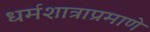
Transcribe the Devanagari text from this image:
धर्मशात्राप्रमाणे